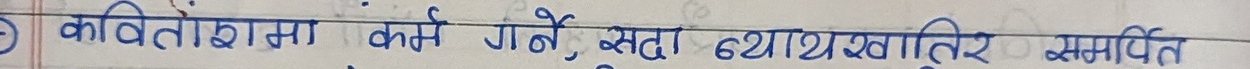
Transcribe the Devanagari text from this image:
कवितामा कर्म गर्ने, बुदाँ व्याख्यातिर समर्पित